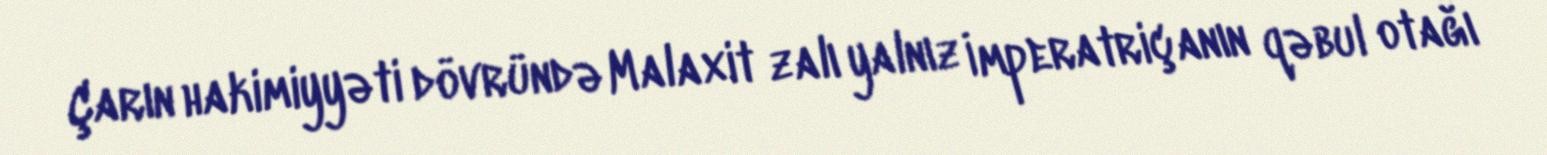
Çarın hakimiyyəti dövründə Malaxit zalı yalnız İmperatriçanın qəbul otağı